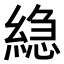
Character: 𮈮